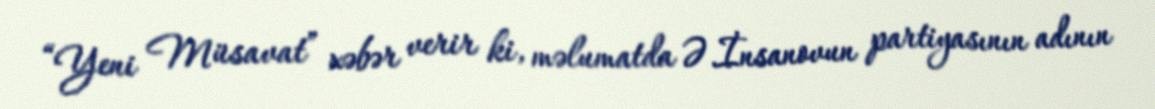
“Yeni Müsavat” xəbər verir ki, məlumatda Ə.İnsanovun partiyasının adının